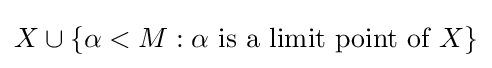
X\cup \{\alpha <M:\alpha {\text{ is a limit point of }}X\}